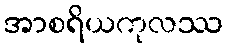
အာစရိယကုလဿ